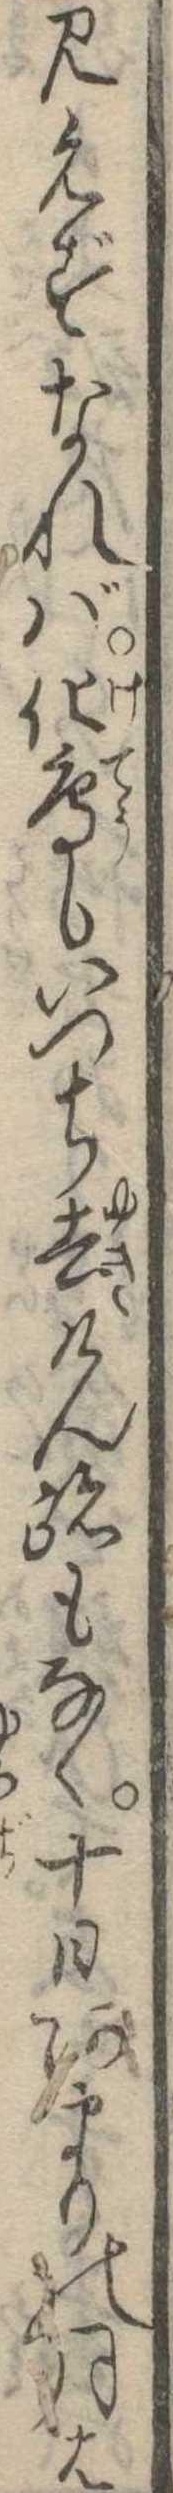
見えずなれば化鳥もいつち去けん跡もなく十日あまりの月は